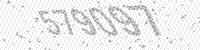
Solution: 579097